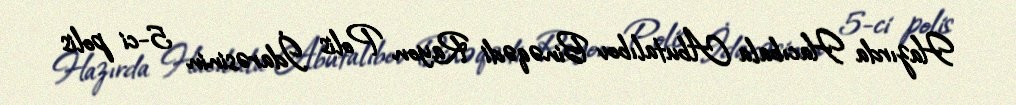
Hazırda Hacıbala Abutalıbov Binəqədi Rayon Polis İdarəsinin 5-ci polis